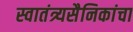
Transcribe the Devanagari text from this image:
स्वातंत्र्यसैनिकांचा